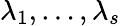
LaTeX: \lambda_{1},\dots,\lambda_{s}